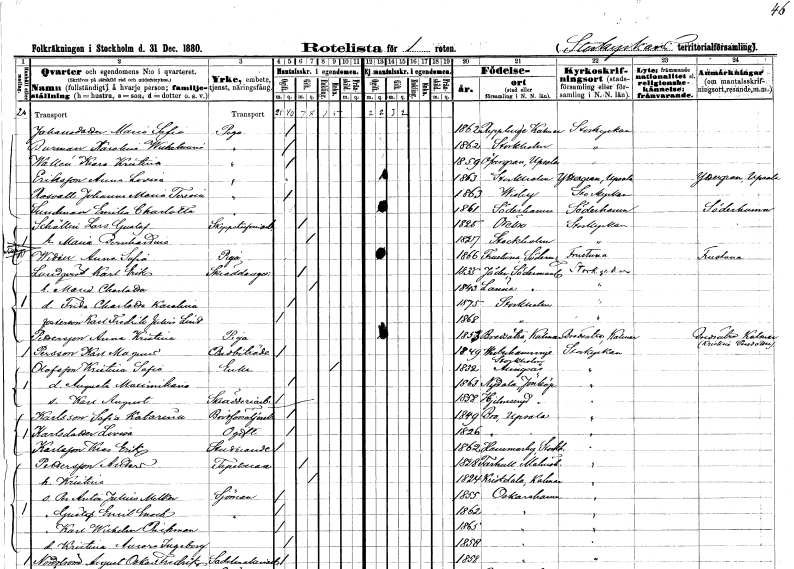
gt_parse: households: individuals: FN: Maria Sofia
EN: Johansdotter
YRKE: Piga
KON: K
CIV: O
FODAR: 1862
FODFORS: Rappestad Östergötlands län
FN: Karolina Wilhelmina
EN: Burman
YRKE: Piga
KON: K
CIV: O
FODAR: 1862
FODFORS: Stockholm
FN: Klara Kristina
EN: Wallén
YRKE: Piga
KON: K
CIV: O
FODAR: 1859
FODFORS: Övergran Uppsala län
FN: Anna Lovisa
EN: Eriksson
YRKE: Piga
KON: K
CIV: O
FODAR: 1863
FODFORS: Stockholm
FN: Johanna Maria Teresia
EN: Rosvall
YRKE: Piga
KON: K
CIV: O
FODAR: 1863
FODFORS: Visby Gotlands län
FN: Emilia Charlotta
EN: Sundman
YRKE: Piga
KON: K
CIV: O
FODAR: 1861
FODFORS: Söderhamn Gävleborgs län
FN: Lars Gustaf
EN: Schöllin
YRKE: Skeppsstuveriarbetare
KON: M
CIV: G
FODAR: 1825
FODFORS: Örebro Örebro län
FN: Maria Bernhardina
KON: K
CIV: G
FODAR: 1827
FODFORS: Stockholm
FN: Anna Sofia
EN: Widen
YRKE: Piga
KON: K
CIV: O
FODAR: 1866
FODFORS: Frustuna Södermanlands län
FN: Karl Erik
EN: Lundqvist
YRKE: Skräddaregesäll
KON: M
CIV: G
FODAR: 1835
FODFORS: Jäder Södermanlands län
FN: Maria Charlotta
KON: K
CIV: G
FODAR: 1843
FODFORS: Länna Södermanlands län
FN: Frida Charlotta Karolina
KON: K
CIV: O
FODAR: 1875
FODFORS: Stockholm
FN: Karl Fredrik Julius
EN: Lind
KON: M
CIV: O
FODAR: 1868
FODFORS: Stockholm
FN: Anna Kristina
EN: Pettersson
YRKE: Piga
KON: K
CIV: O
FODAR: 1853
FODFORS: Bredsätra Kalmar län
FN: Karl Magnus
EN: Persson
YRKE: Bodbiträde
KON: M
CIV: O
FODAR: 1849
FODFORS: Västerhaninge Stockholms län
FN: Kristina Sofia
EN: Olofsson
YRKE: Änka
KON: K
CIV: E
FODAR: 1832
FODFORS: Alingsås Älvsborgs län
FN: Augusta Maximiliana
KON: K
CIV: O
FODAR: 1863
FODFORS: Nydala Jönköpings län
FN: Karl August
YRKE: Skrädderiarbetare
KON: M
CIV: O
FODAR: 1858
FODFORS: Hjälmseryd Jönköpings län
FN: Sofia Katarina
EN: Karlsson
YRKE: Brödförsäljerska
KON: K
CIV: O
FODAR: 1849
FODFORS: Bro Stockholms län
FN: Lovisa
EN: Karlsdotter
KON: K
CIV: O
FODAR: 1826
FODFORS: Bro Stockholms län
FN: Klas Erik
EN: Karlsson
YRKE: Studerande
KON: M
CIV: O
FODAR: 1862
FODFORS: Hammarby Stockholms län
FN: Anders
EN: Pettersson
YRKE: Tapetserare
KON: M
CIV: G
FODAR: 1828
FODFORS: Farhult Malmöhus län
FN: Kristina
KON: K
CIV: G
FODAR: 1824
FODFORS: Kristdala Kalmar län
FN: Per Anton Julius Melker
YRKE: Sjöman
KON: M
CIV: O
FODAR: 1855
FODFORS: Oskarshamn Kalmar län
FN: Gustaf Emil Enoch
YRKE: Sjöman
KON: M
CIV: O
FODAR: 1862
FODFORS: Oskarshamn Kalmar län